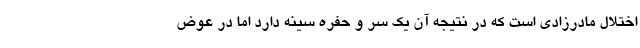
اختلال مادرزادی است که در نتیجه آن یک سر و حفره سینه دارد اما در عوض